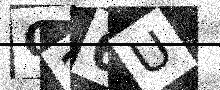
Text: O36U